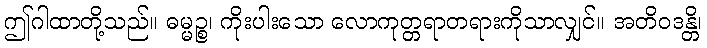
ဤဂါထာတို့သည်။ ဓမ္မဉ္စ၊ ကိုးပါးသော လောကုတ္တရာတရားကိုသာလျှင်။ အတိဝဒန္တိ၊